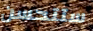
ستتحسن